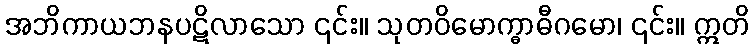
အဘိကာယဘနပဋိလာသော ၎င်း။ သုတဝိမောက္ဓာဓီဂမော၊ ၎င်း။ ဣတိ